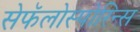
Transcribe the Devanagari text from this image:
सेफॅलोस्पोरिन्स